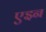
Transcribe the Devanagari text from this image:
एइन